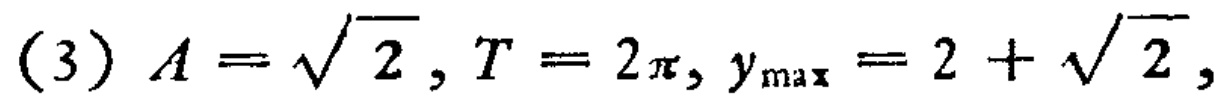
(3) \(A = \sqrt{2}, T = 2\pi, y_{\max}=2 + \sqrt{2},\)